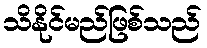
သိနိုင်မည်ဖြစ်သည်